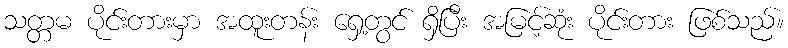
သတ္တမ ပိုင်းတားမှာ အထူးတန်း ရှေ့တွင် ရှိပြီး အမြင့်ဆုံး ပိုင်းတား ဖြစ်သည်။